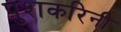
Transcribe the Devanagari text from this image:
पुशकरिनी